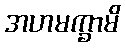
အဟမက္ခာမိ